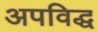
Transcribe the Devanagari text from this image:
अपविद्ध